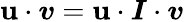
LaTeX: \boldsymbol{\mathbf{u}}\cdot\boldsymbol{v}=\boldsymbol{\mathbf{u}}\cdot\boldsymbol{I}\cdot\boldsymbol{v}